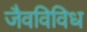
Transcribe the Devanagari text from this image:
जैवविविध